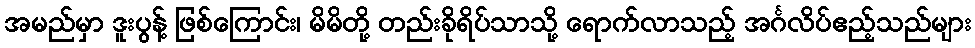
အမည်မှာ ဒူးပွန့် ဖြစ်ကြောင်း၊ မိမိတို့ တည်းခိုရိပ်သာသို့ ရောက်လာသည့် အင်္ဂလိပ်ဧည့်သည်များ